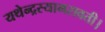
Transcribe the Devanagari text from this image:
यथेन्‍द्रस्‍यामरावती।